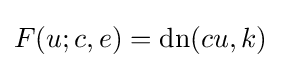
F(u;c,e)=\operatorname {dn} (cu,k)